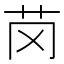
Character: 𫇪